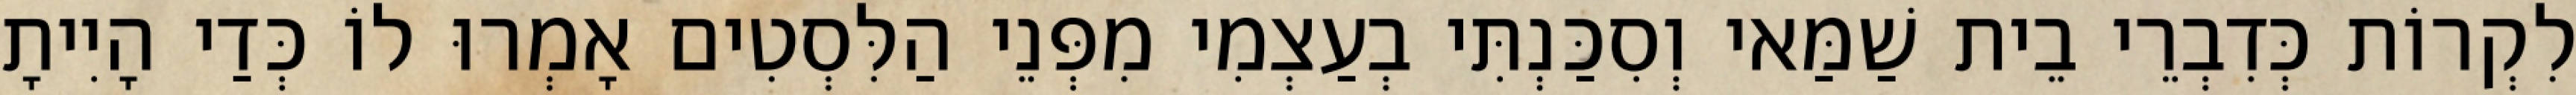
לִקְרוֹת כְּדִבְרֵי בֵית שַׁמַּאי וְסִכַּנְתִּי בְעַצְמִי מִפְּנֵי הַלִּסְטִים אָמְרוּ לוֹ כְּדַי הָיִיתָ